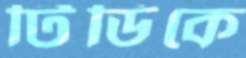
টিডিকে